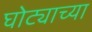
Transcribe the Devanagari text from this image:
घोट्याच्या